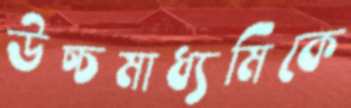
উচ্চমাধ্যমিকে